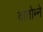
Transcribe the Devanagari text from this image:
दातोम्ने